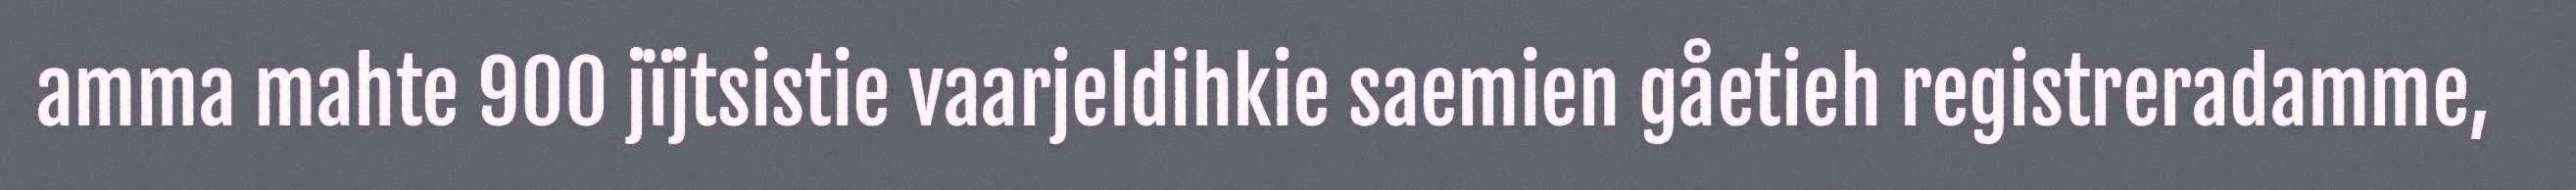
amma mahte 900 jïjtsistie vaarjeldihkie saemien gåetieh registreradamme,